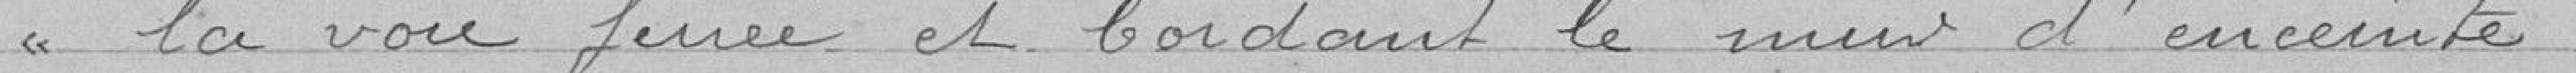
la voie ferrée et bordant le mur d'enceinte.